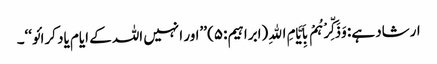
ارشاد ہے: وَذَکِّرْہُمْ بِاَیَّامِ اﷲِ (ابراہیم:۵) ’’اور انہیں اللہ کے ایام یاد کرائو‘‘۔